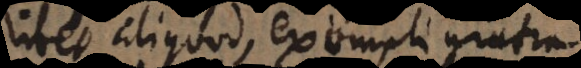
libet aliquod, exempli gratia